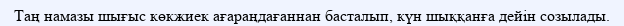
Таң намазы шығыс көкжиек ағараңдағаннан басталып, күн шыққанға дейiн созылады.